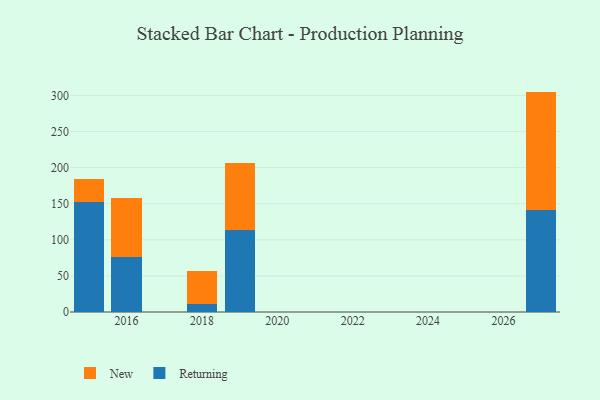
{"axis": {"x": "Year", "y": "Bounce Rate (%)"}, "legend": ["New", "Returning"], "data": [{"x": "2019", "y": 113.9, "type": "Returning"}, {"x": "2019", "y": 92.9, "type": "New"}, {"x": "2018", "y": 11.7, "type": "Returning"}, {"x": "2018", "y": 45.5, "type": "New"}, {"x": "2015", "y": 151.7, "type": "Returning"}, {"x": "2015", "y": 32.1, "type": "New"}, {"x": "2016", "y": 75.8, "type": "Returning"}, {"x": "2016", "y": 82.4, "type": "New"}, {"x": "2027", "y": 140.8, "type": "Returning"}, {"x": "2027", "y": 164.5, "type": "New"}]}